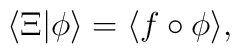
\langle \Xi | \phi \rangle = \langle f \circ \phi \rangle,